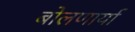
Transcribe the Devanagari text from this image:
बोलणार्या